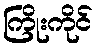
ကြိုးကိုင်